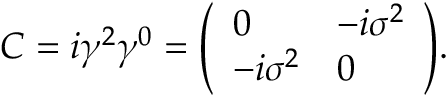
C = i \gamma ^ { 2 } \gamma ^ { 0 } = { \left( \begin{array} { l l } { 0 } & { - i \sigma ^ { 2 } } \\ { - i \sigma ^ { 2 } } & { 0 } \end{array} \right) } .